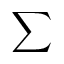
\sum